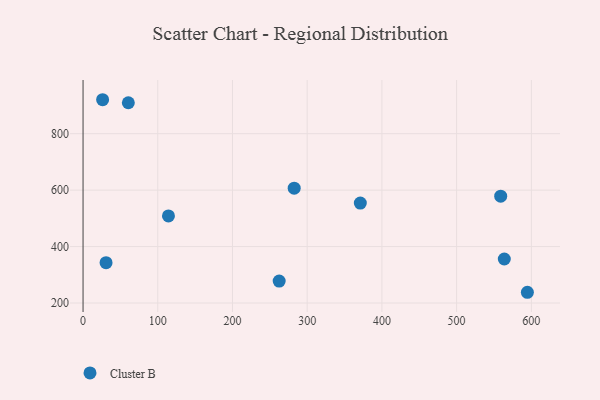
{"axis": {"x": "Speed", "y": "Fuel Efficiency"}, "legend": ["Cluster B"], "data": [{"x": "371.1", "y": 554.1, "type": "Cluster B"}, {"x": "262.5", "y": 277.7, "type": "Cluster B"}, {"x": "594.7", "y": 238.1, "type": "Cluster B"}, {"x": "563.8", "y": 355.9, "type": "Cluster B"}, {"x": "559.0", "y": 578.7, "type": "Cluster B"}, {"x": "60.6", "y": 909.5, "type": "Cluster B"}, {"x": "282.6", "y": 607.0, "type": "Cluster B"}, {"x": "30.8", "y": 342.8, "type": "Cluster B"}, {"x": "114.3", "y": 508.7, "type": "Cluster B"}, {"x": "26.2", "y": 920.2, "type": "Cluster B"}]}